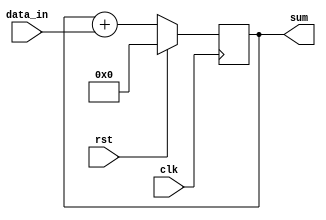
module cascaded_accumulator (
    input wire clk,
    input wire rst,
    input wire [7:0] data_in,
    output wire [15:0] sum
);

reg [15:0] accumulator;

always @(posedge clk) begin
    if (rst) begin
        accumulator <= 16'b0;
    end else begin
        accumulator <= accumulator + data_in;
    end
end

assign sum = accumulator;

endmodule